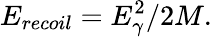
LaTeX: E_{recoil}=E_{\gamma}^{2}/2M.